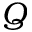
Q